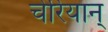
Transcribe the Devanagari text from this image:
चेरियान्